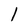
Character: l